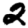
Digit: 2